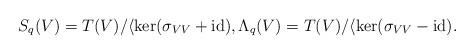
LaTeX: \begin{align*}S_q(V) = T(V) / \langle \ker(\sigma_{V V} + \mathrm{id}),\Lambda_q(V) = T(V) / \langle \ker(\sigma_{V V} - \mathrm{id}).\end{align*}